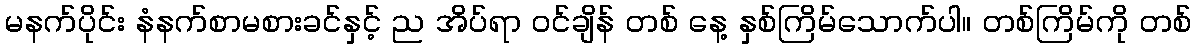
မနက်ပိုင်း နံနက်စာမစားခင်နှင့် ည အိပ်ရာ ဝင်ချိန် တစ် နေ့ နှစ်ကြိမ်သောက်ပါ။ တစ်ကြိမ်ကို တစ်